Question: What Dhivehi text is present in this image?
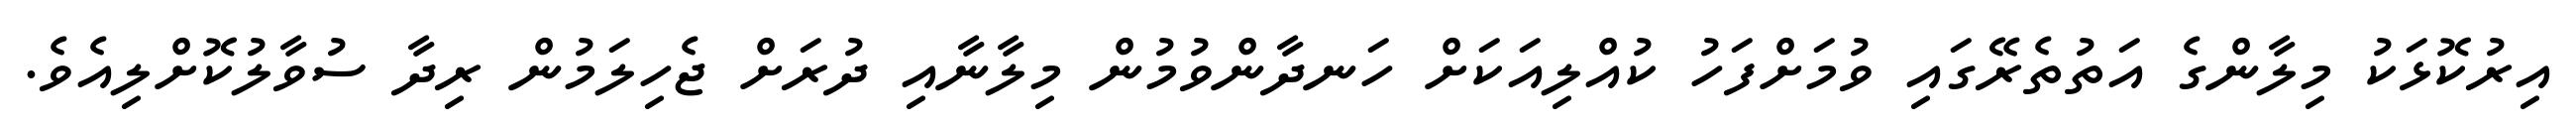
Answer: އިރުކޮޅަކު މިލާންގެ އަތުތެރޭގައި ވުމަށްފަހު ކުއްލިއަކަށް ހަނދާންވުމުން މިލާނާއި ދުރަށް ޖެހިލަމުން ރިދާ ސުވާލުކޮށްލިއެވެ.